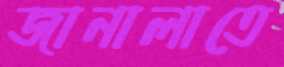
জানালাতে